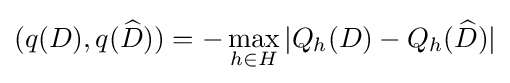
(q(D),q({\widehat {D}}))=-\max _{h\in H}|Q_{h}(D)-Q_{h}({\widehat {D}})|\,\!